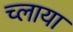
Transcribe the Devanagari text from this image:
च्लाया